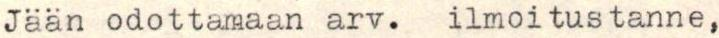
Jään odottamaan arv.  ilmoitustanne,